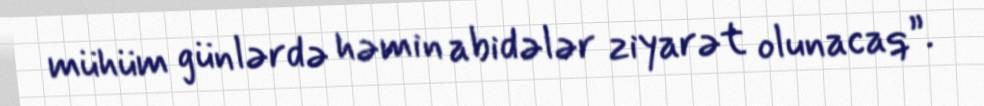
mühüm günlərdə həmin abidələr ziyarət olunacaq”.